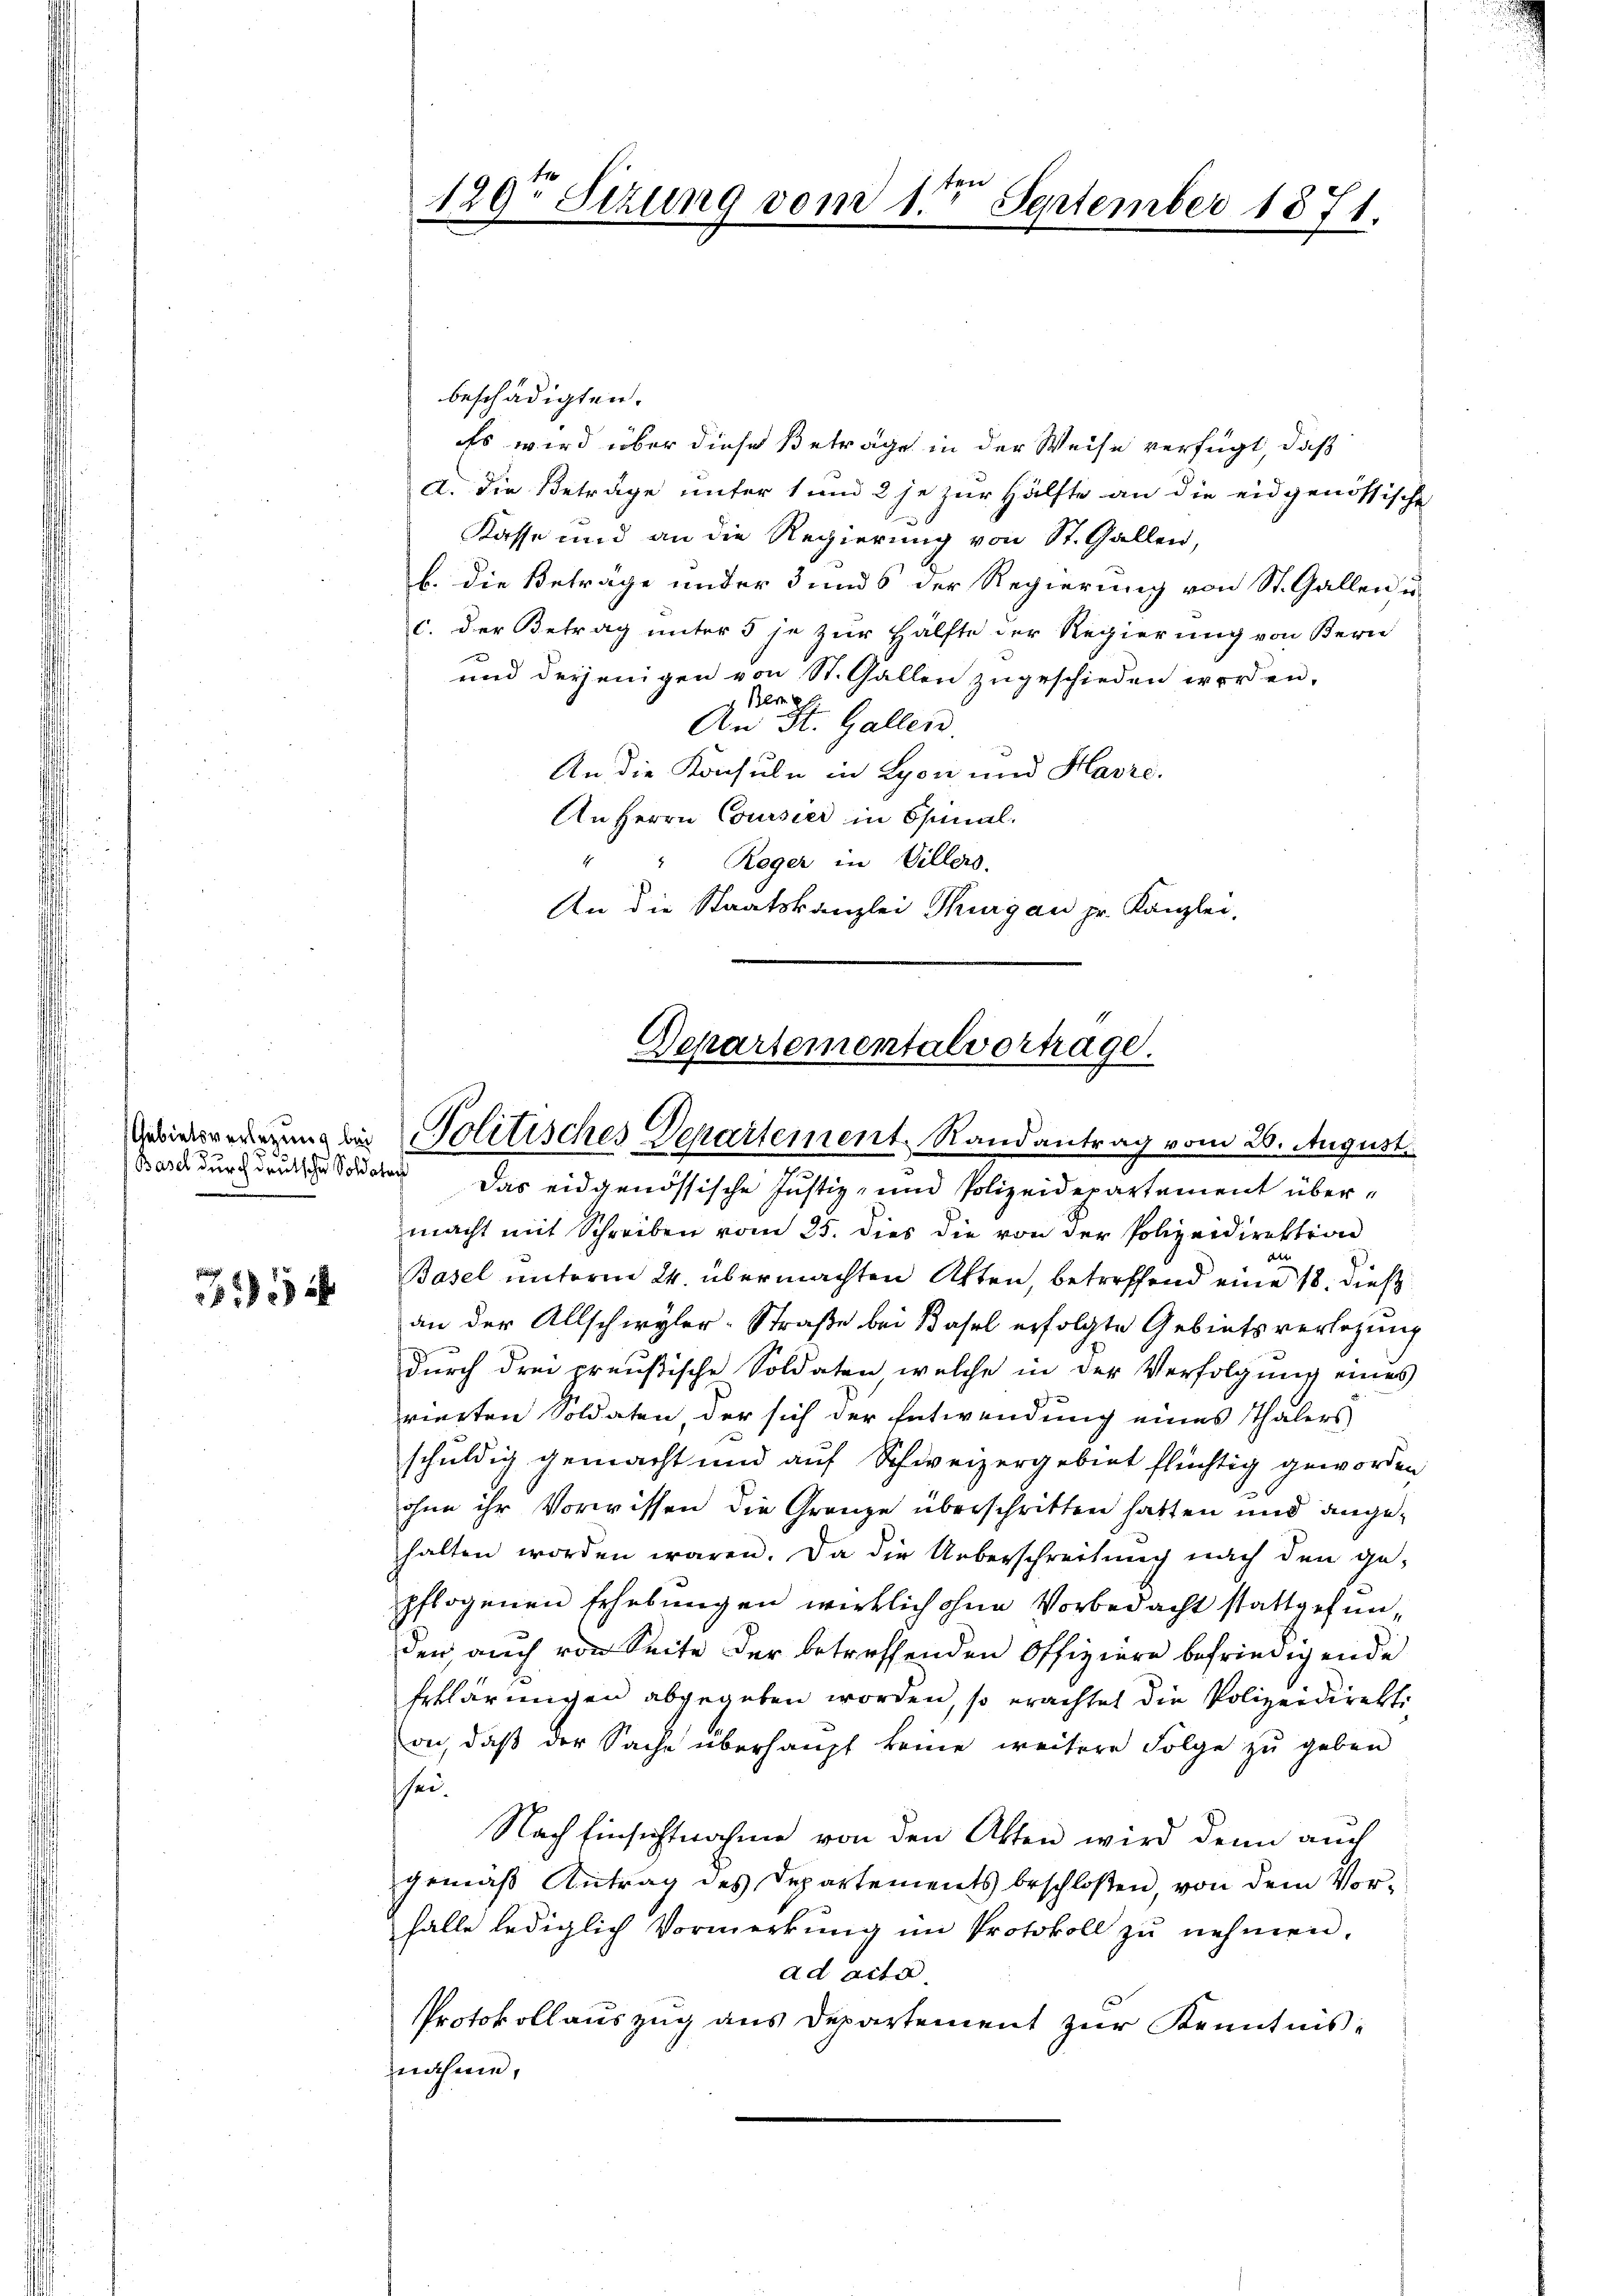
i
1832

120t Setzung vom 1ten September 1871.

beschädigten.
Es wird über diese Beträge in der Weise verfügt, daß
a. Die Beträge unter 1 und 2 je zur Hälfte an die eidgenössische
Kasse und an die Regierung von St. Gallen,
b. die Beträge unter 3 und der Regierung von St. Gallen u.
c. der Betrag unter 5 je zur Hälfte der Regierung von Bern
und derjenigen von St. Gallen zugeschieden worden,
 Br 4
An St. Gallen.
An die Konsuln in Lyon und Havre.
An Herrn Coursier in Spinal-
" " Reger in Villers.
An die Staatskanzlei Thurgau pr. Kanzlei,

Departementalvortrage.
Zwiderengung bei Politisches Departement, Randantrag vom 20. August.

Barch durch druck zu so das eidgenössische Justiz- und Polizeidepartement übermacht mit Schreiben vom 25. dies die von der Polizeidirektion
ain
Basel unterm 24. übermachten Akten, betreffend eine 18. dieß
an der Allschwyler-Straße bei Basel erfolgte Gebietsverlegung
durch drei preußische Soldaten welche in der Verfolgung eines
rierten Soldaten, der sich der Entwendung eines Thalers
schuldig gemacht und auf Schweizergebiet flüchtig geworden
ohne ihr Vorwissen die Gränze überschritten hatten und angehalten worden wären. Da die Ueberschreitung nach den ge-
pflogenen Erhebungen wirklich ohne Vorbedacht stattgefunden, auch von Seite der betreffenden Offiziere befriedigende
Erklärungen abgegeben worden, so erachtet die Polizeidirektion, daß der Sache überhaupt keine weitere Folge zu geben
sei.
Nach Einsichtnahme von den Akten wird denn auch
gemäß Antrag des Departements beschloßen, von dem Vorhalle lediglich Vormerkŭng im Protokoll zŭ nehmen.
ad acta.
Protokollauszug aus Departement zur Kenntnis-
nahme,